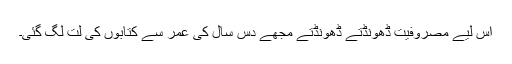
اس لیے مصروفیت ڈھونڈتے ڈھونڈتے مجھے دس سال کی عمر سے کتابوں کی لت لگ گئی۔